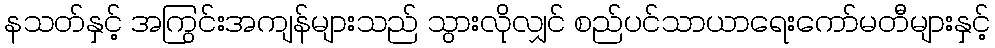
နသတ်နှင့် အကြွင်းအကျန်များသည် သွားလိုလျှင် စည်ပင်သာယာရေးကော်မတီများနှင့်